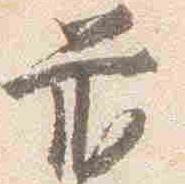
前